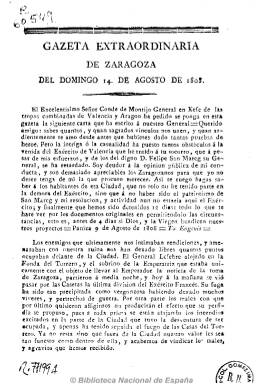
Título: Gazeta de Zaragoza
Otros títulos: Gaceta de Zaragoza || Gazeta de Zaragoza baxo el gobierno de la regencia de las Españas || Gaceta de Zaragoza bajo el gobierno de la regencia de las Españas || Gazeta nacional de Zaragoza || Gaceta nacional de Zaragoza
Colección: Gacetas
Ámbito geográfico: Zaragoza
Lugar de publicación: Zaragoza
Fechas: 14/08/1808-07/03/1820

Una de las primeras gazetas españolas que aparecen en el siglo XVII. Debió comenzar a publicarse en torno a octubre de 1696. Con periodicidad semanal, tendrá un carácter erudito, con artículos literarios, económicos, históricos, etc., y desde principios del siglo XVIII ya aparece los martes y sábados de la imprenta de la viuda de Francisco Moreno. Cuando Zaragoza se alza en armas contra la invasión napoleónica el 24 de mayo de 1808 y el general José Palafox la declara “bajo el Gobierno permanente militar”, la Junta Regional de Magistrados decretará la censura y la concesión de licencias para la impresión de periódicos y otros papeles, y hasta el 12 de agosto no permitirá el reparto del correo almacenado hasta entonces en la ciudad.

La Gazeta seguirá estampándose en estas circunstancias “con permiso y privilegio” en la imprenta de los Herederos de la Viuda de Francisco Moreno, poniendo Palafox al frente de la misma al enciclopedista e ilustrado Ignacio Jordan de Asso y del Río. Su paginación es correlativa y editará también números extraordinarios cuando los sucesos lo requerían, bajo la denominación de Gazeta extraordinaria de Zaragoza, algunos de ellos en la Imprenta Real, a cargo de Mariano Miedes, y otros sin pie de imprenta o “con licencia en Madrid”.

Durante la Zaragoza asediada, publicará noticias locales y del resto del país en torno al levantamiento popular y militar contra las tropas napoleónicas; cartas de altos mandos militares españoles, como la del general en jefe de las tropas combinadas de Valencia y Aragón, al general Palafox; decretos, como el del general del Ejército de Aragón; listados de donativos para hacer frente al asedio, y noticias de Europa, todo ello a favor de enaltecer el espíritu patriótico, y en su edición del 26 de febrero de 1809 dará cuenta de las condiciones de capitulación de la ciudad al ejército invasor.

La administración de esta gazeta pasa entonces a manos del Tribunal de Policía por orden del general Suchet en agosto de 1809, cambiando la denominación de su cabecera a Gazeta nacional de Zaragoza, hasta la salida de los franceses de la ciudad en julio de 1813, y siguiendo la secuencia numérica del anterior título. A partir de su número 1, del 17 de julio de 1813, y hasta su número 53, del 14 de mayo de 1814, seguirá publicándose con esta cabecera, bajo la cual estampará la leyenda “baxo el Gobierno de la Regencia de las Españas” (hasta el número 37, de 5 de abril de 1814), editando también números extraordinarios y saliendo de la Imprenta del Santo Hospital Real de Nuestra Señora de Gracia. Siguió publicándose en 1815. En la colección de la Biblioteca Nacional de España existe una Gazeta de Zaragoza, de fecha 7 de marzo de 1820, reimpresa en Madrid, en la que se da cuenta de la proclamación de la Constitución.